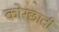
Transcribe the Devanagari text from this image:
कोरछादी